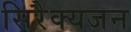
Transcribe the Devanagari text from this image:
सिरैक्यजन